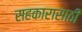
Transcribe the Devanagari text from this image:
सहकारासाठी